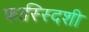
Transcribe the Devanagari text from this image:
फास्स्दिशी